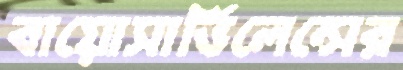
বায়োসার্ভিলেন্সের